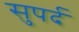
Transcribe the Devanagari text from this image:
सुपर्द